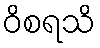
ဝိစရသိ